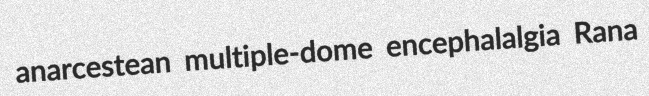
anarcestean multiple-dome encephalalgia Rana